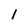
Character: l